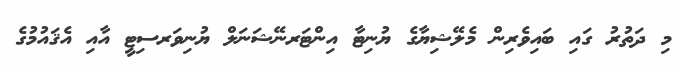
މި ދަތުރު ގައި ބައިވެރިން މެލޭޝިޔާގެ ޔުނިޓާ އިންޓަރނޭޝަނަލް ޔުނިވަރސިޓީ އާއި އެޤައުމުގެ